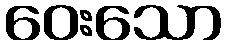
ဝေးသော